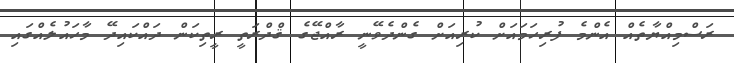
ރަސްމިއްޔާތެއް އެންމެ ފުރިހަމައަށް ކުރިއަށް ގެންދެވޭނީ ރާއްޖޭގެ ޤްދްރަތީ ރީތިކަން ދައްކައިދޭ މާހައުލެއްގައި